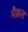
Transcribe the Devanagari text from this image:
मैक्रल